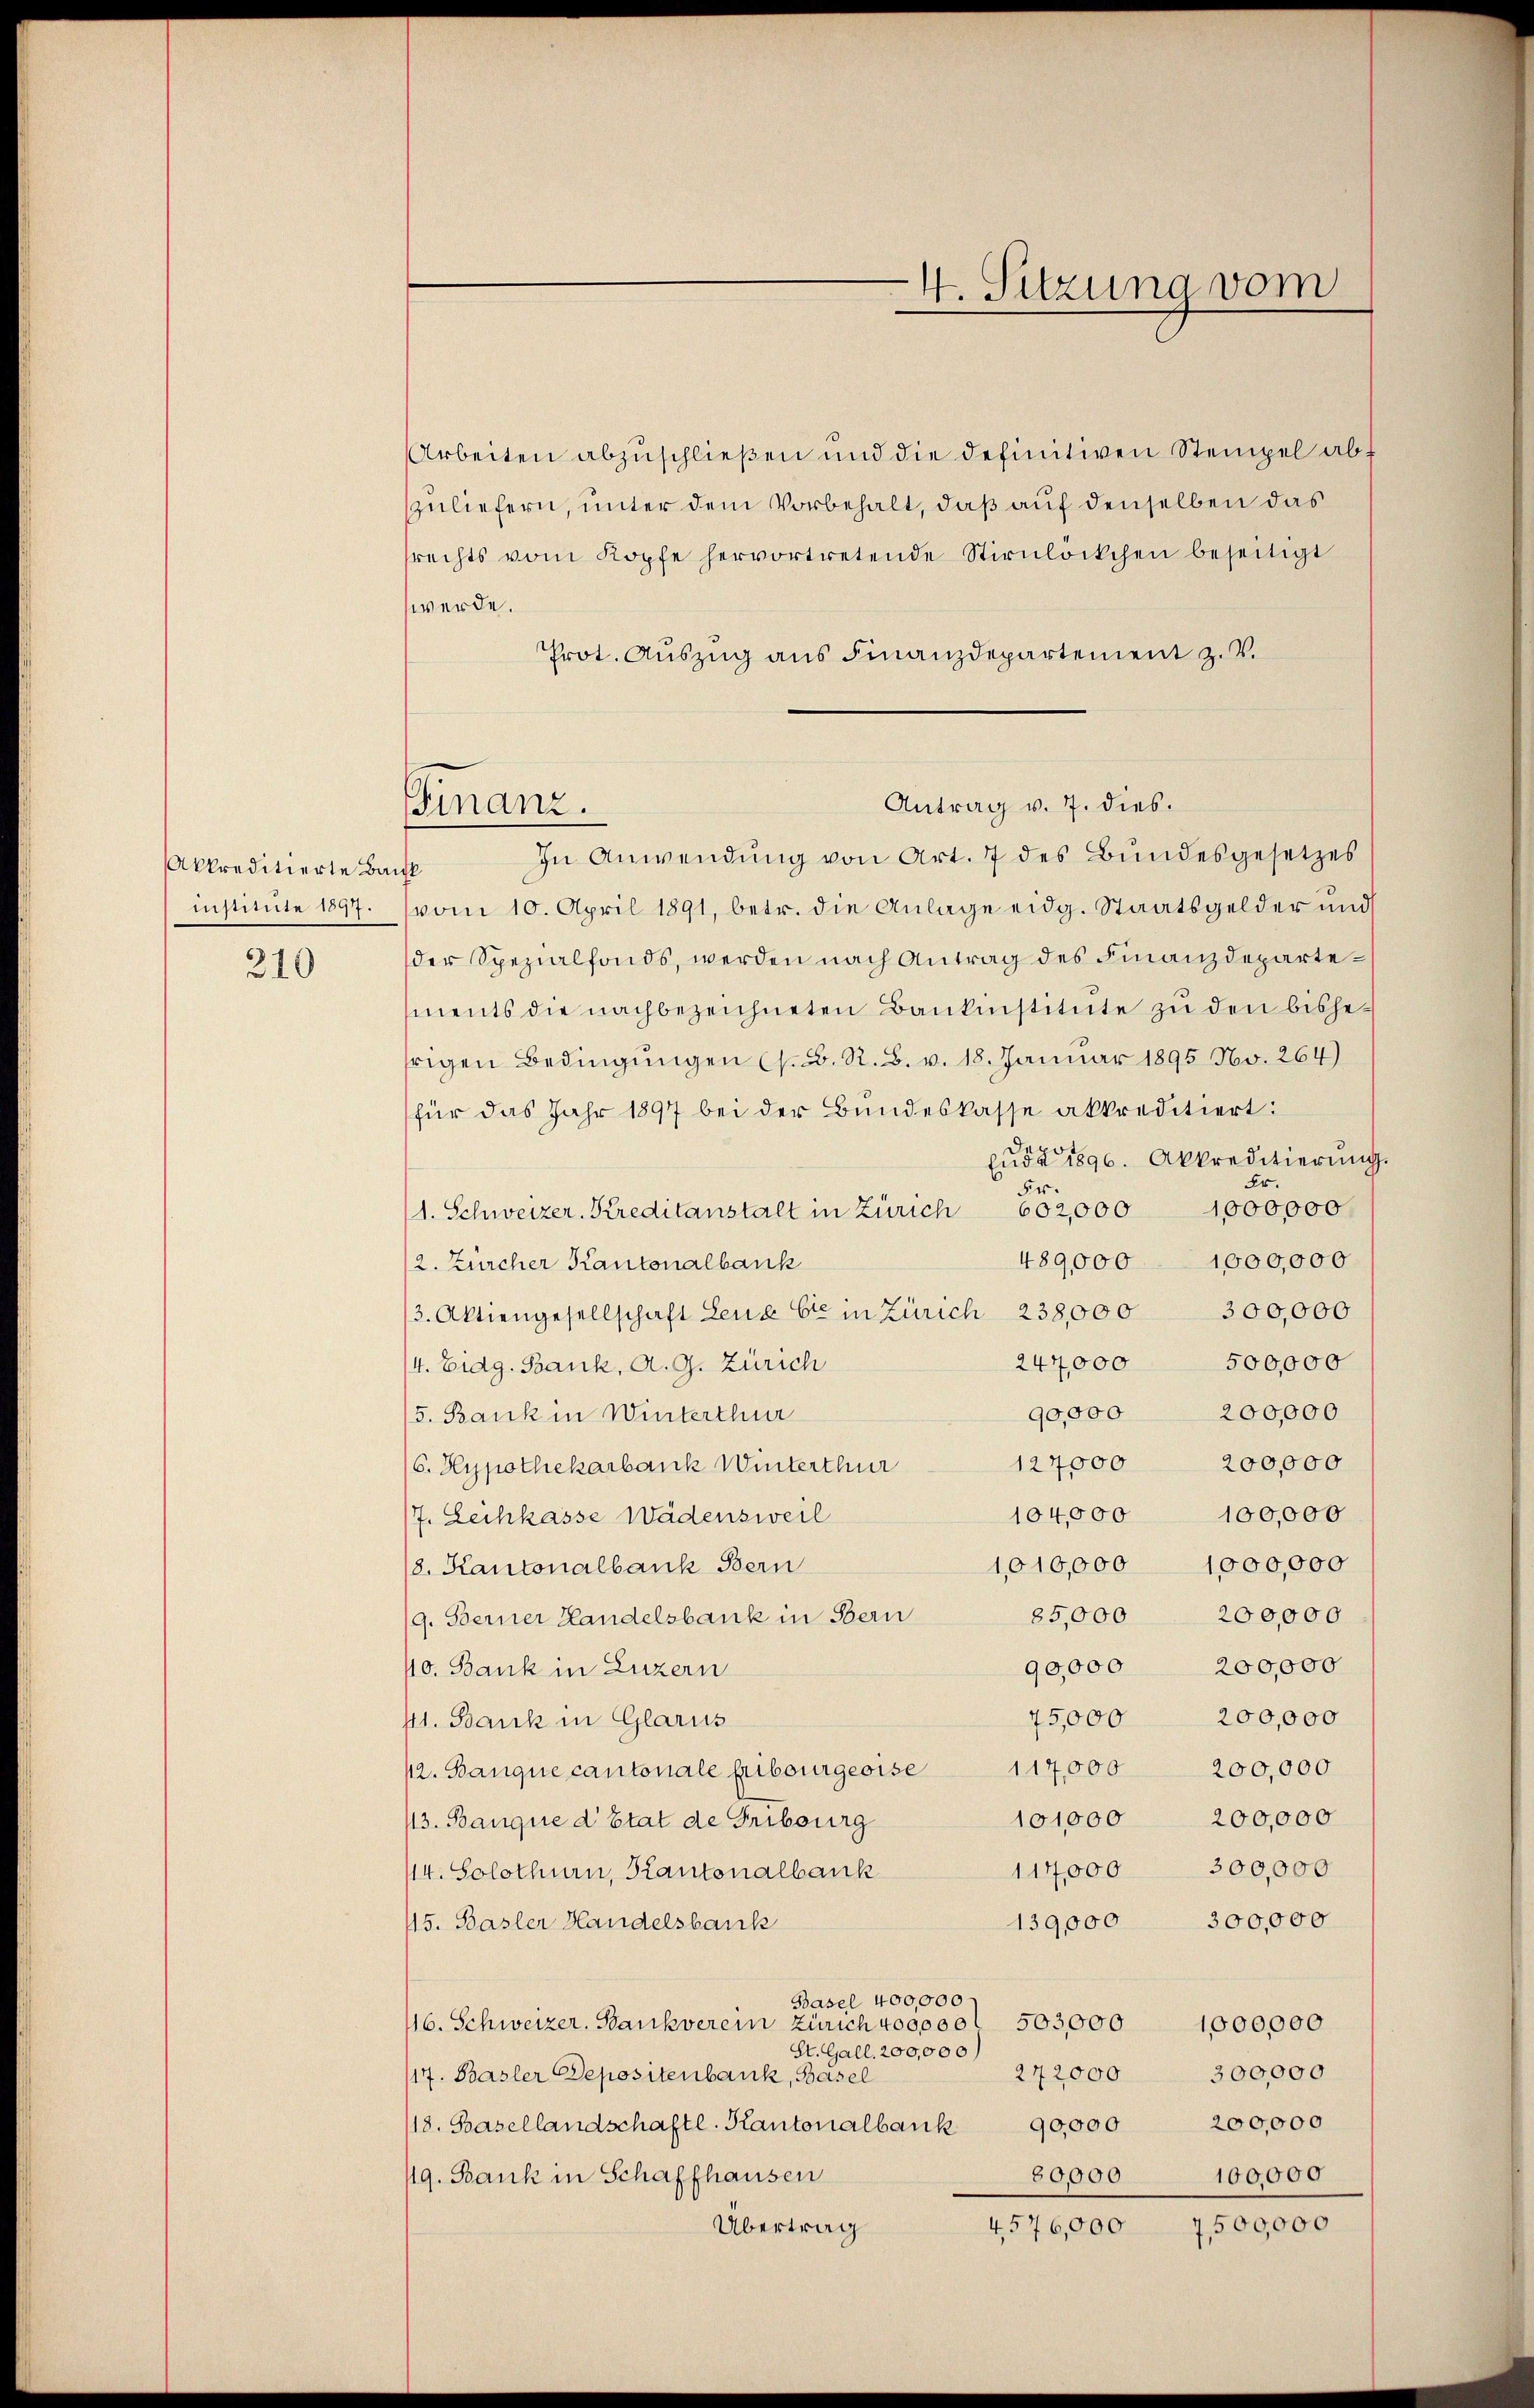
Akkreditierte Baul

310

Arbeiten abzuschließen und die definitiven Stempel abf
zuliefern, unter dem Vorbehalt, daß auf denselben das
rechts vom Kopfe hervortretende Stirnlöckchen beseitigt
werde.
Prot. Auszug aus Finanzdepartement z. V.
In Anwendung von Art. 7 des Bundesgesetzes
institute 1897. (vom 10. April 1891, betr. die Anlage eidg. Staatsgelder und
der Spezialfonds, werden nach Antrag des Finanzdepartements die nachbezeichneten Bankinstitute zu den bishefrigen Bedingungen (s. B. R. B. v. 18. Januar 1895 No. 264)
für das Jahr 1897 bei der Bundeskasse akkreditiert:
pure 1896. Akkreditierung
Er
Fr.
1,000,000
1. Schweizer. Kreditanstalt in Zürich 602,000
489,000
1000,000
2. Zürcher Kantonalbank
(3. Aktiengesellschaft Lena Cie in Zürich 238,000 300,000
247,000
500,000
/4. Eidg. Bank, A. G. Zürich
90,000 200000
5. Bank in Winterthur
127000 200,000
(6. Hypothekarbank Winterthur
104,000 100,000
/7. Leihkasse Wädensweil
1010,000 1000,000
/8. Kantonalbank Bern
85,000 200,000
9. Ferner Handelsbank in Bern
90,000 200,000
10. Bank in Luzern
75,000 200,000
st. Bank in Glarus
12. Banque cantonale Fribourgeoise 117,000 200,000
101000 200,000
113. Banque d’Etat de Fribourg
117,000 300,000
114. Solothurn, Kantonalbank
139,000 300,000
115. Basler Handelsbank
Basel 400,000
16. Schweizer. Bankverein Zürich vosocel 503900 1000000
St. Gall. 200,000)
272000
300,000
117. Basler Depositenbank, Basel
118. Basellandschaftl. Kantonalbank 90,000 200,000
49. Bank in Schaffhausen
80,000 100,000
Übertrag
4576,000 7500,000

Finanz.

4. Sitzung vom

Antrag v. 7. dies.